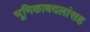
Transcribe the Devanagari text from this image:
भूमिकाबदलांसह